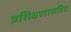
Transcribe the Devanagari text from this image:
प्रशिक्षणासहित